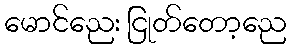
မောင်ညေး ငြုတ်တော့ညေ